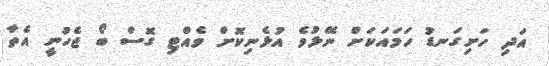
އަދި ހަށިގަނޑު ހަމައަކަށް ނޭޅުވެ އުޅެނިކޮށް ވެއްޓި ގޮސް ބޯ ޖެހުނީ އެތާ